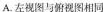
A左视图与俯视图相同